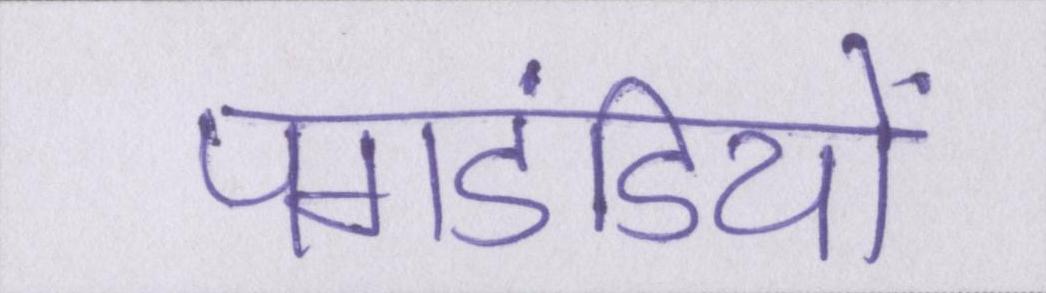
पगडंडियों